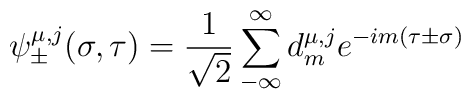
\psi_{\pm}^{\mu,j}(\sigma ,\tau) = \frac{1}{\sqrt 2}\sum_{-\infty}^{\infty} d_m^{\mu,j} e^{-im(\tau\pm\sigma)}